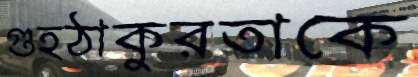
গুহঠাকুরতাকে